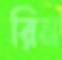
রিন